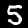
Label: 5